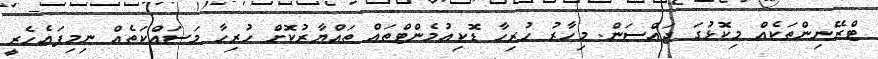
ޓްރޭނިންތަކެއް މިކޮޅުގަ ޖައްސަން. މިހާރު ހުރިހާ ޑޮކިއުމެންޓްތައް ތައްޔާރުކޮށް ހުރިހާ މަސައްކަތެއް ނިމިފައެހެރީ